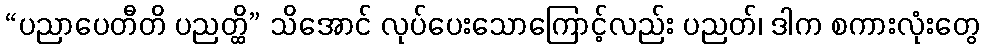
“ပညာပေတီတိ ပညတ္ထိ” သိအောင် လုပ်ပေးသောကြောင့်လည်း ပညတ်၊ ဒါက စကားလုံးတွေ